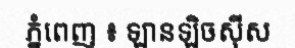
ភ្នំពេញ ៖ ឡានឡិចស៊ីស